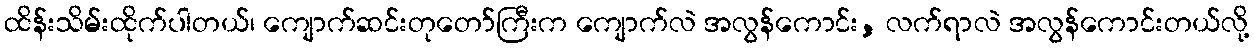
ထိန်းသိမ်းထိုက်ပါတယ်၊ ကျောက်ဆင်းတုတော်ကြီးက ကျောက်လဲ အလွန်ကောင်း, လက်ရာလဲ အလွန်ကောင်းတယ်လို့